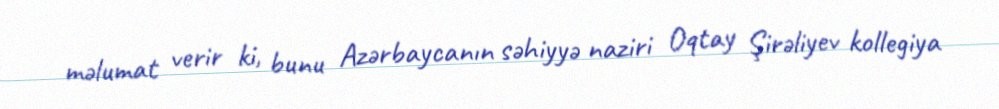
məlumat verir ki, bunu Azərbaycanın səhiyyə naziri Oqtay Şirəliyev kollegiya